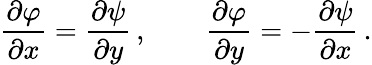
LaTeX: {\frac{\partial\varphi}{\partial x}}={\frac{\partial\psi}{\partial y}}\, ,\qquad{\frac{\partial\varphi}{\partial y}}=-{\frac{\partial\psi}{\partial x}}\, .